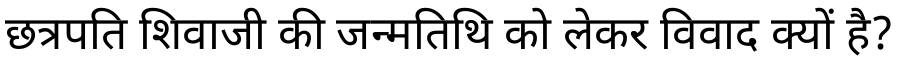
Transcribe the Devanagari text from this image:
छत्रपति शिवाजी की जन्मतिथि को लेकर विवाद क्यों है?